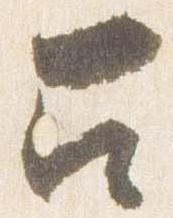
召